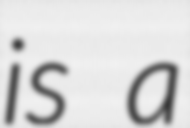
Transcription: is a